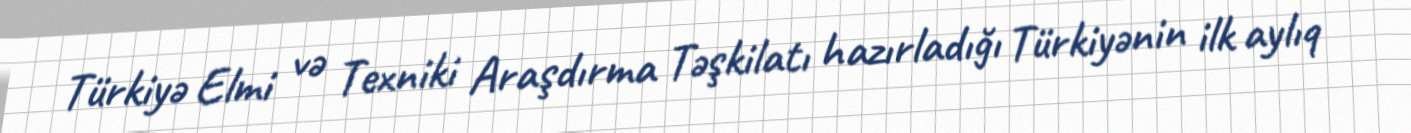
Türkiyə Elmi və Texniki Araşdırma Təşkilatı hazırladığı Türkiyənin ilk aylıq